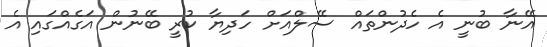
އޭނާ ބުނީ އެ ހެދުންތައް ސޭލްއަށް ހަދިޔާ ކުރީ ބޭނުން އަގެއްގައި އެ